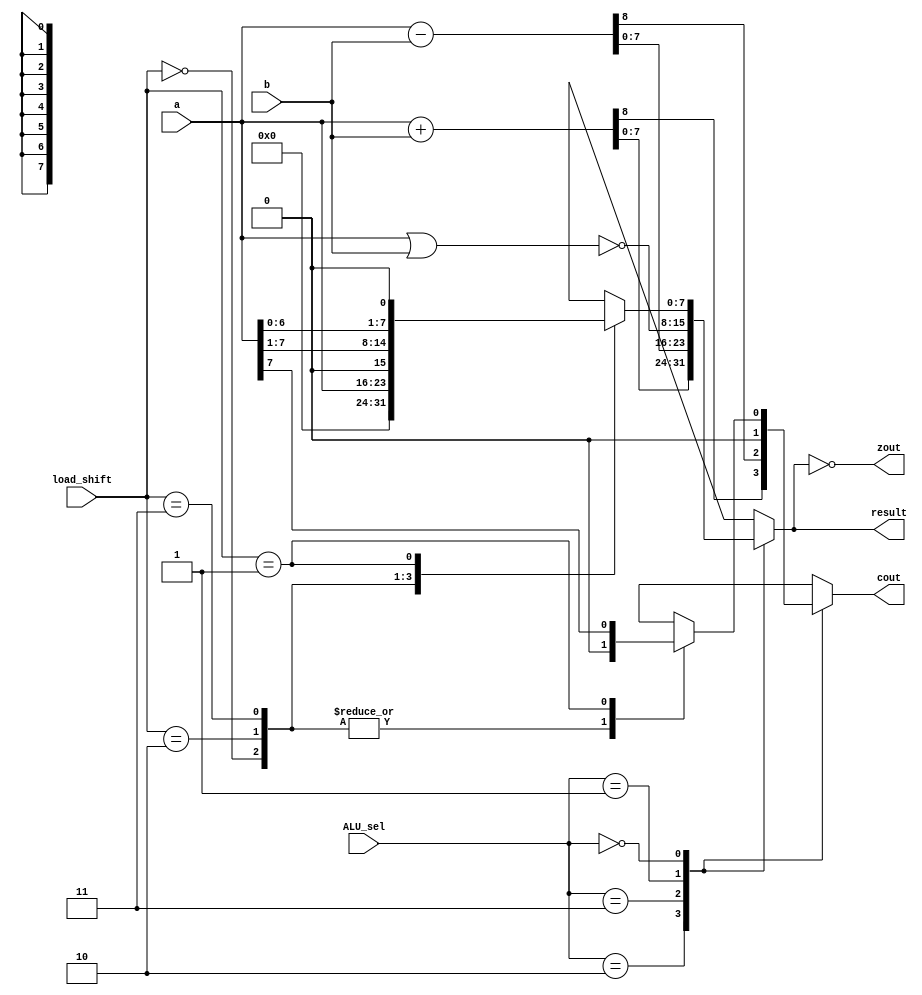

module ALU (a, b, ALU_sel, load_shift, result, cout, zout);
input [7:0] a, b;
input [1:0] ALU_sel, load_shift;
output[7:0] result;
output cout, zout;

wire cout, zout;
reg [8:0] r;

always @(a or b or ALU_sel or load_shift) begin
	case(ALU_sel) 
		2'b10: r <= a + b; //add
		2'b11: r <= a - b; //subtract
		2'b01: begin
			r <= ~(a | b); //NOR
			r[8] <= 0; // I need to set the carry bit to zero manually because A[8] = 0 and B[8] = 0. Without this line carry out will always be 1 
			end
		2'b00: 
			begin
			case(load_shift)
				2'b00: r <= 0;
				2'b10: r <= a;
				2'b11: r <= a >> 1;
				2'b01: r <= a << 1;
			endcase
			end
	endcase
end

assign cout = r[8];
assign result = r[7:0];
assign zout = r[7:0] == 0;

endmodule